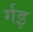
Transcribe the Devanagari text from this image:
र्गइ